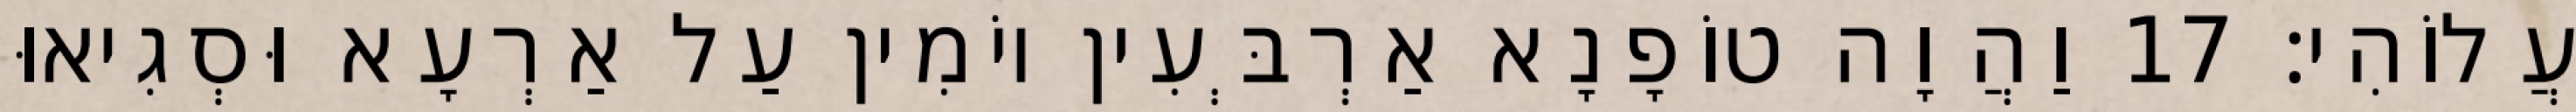
עֲלוֹהִי׃ 17 וַהֲוָה טוֹפָנָא אַרְבְּעִין יוֹמִין עַל אַרְעָא וּסְגִיאוּ